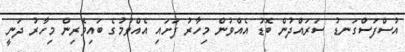
އުސްފަސްގަނޑު ސަރައްދުން ބޮޑު އެއްވުން މިހާރު ފަށައި އެއްވުމުގެ ބައިވެރިން މިހާރު ދަނީ